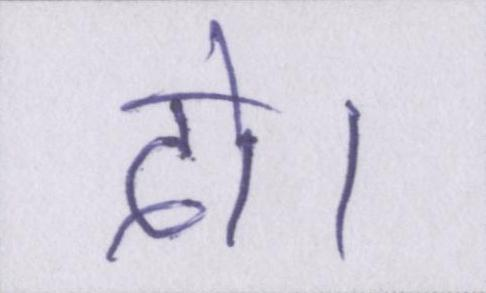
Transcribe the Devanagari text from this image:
दो।